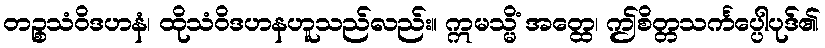
တဉ္စသံဝိဒဟနံ၊ ထိုသံဝိဒဟနဟူသည်လည်း။ ဣမသ္မိံ အတ္ထေ၊ ဤစိတ္တသင်္ကပ္ပေါပုဒ်၏